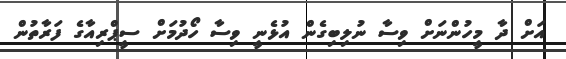
އަށް ދާ މީހުންނަށް ވިސާ ނުލިބިގެން އުޅެނީ ވިސާ ހޯދުމަށް ސީޕްރިއާގެ ފަރާތުން